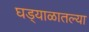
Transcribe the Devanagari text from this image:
घड्याळातल्या